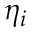
\eta _ { i }